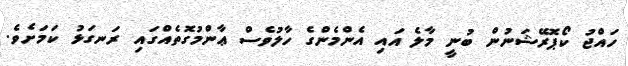
ހައްޖު ކޯޕޮރޭޝަނުން ބުނީ މާލެ އައި އެންމެންގެ ހާލުވެސް ޢާންމުގޮތެއްގައި ރަނގަޅު ކަމަށެވެ.